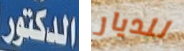
الدكتور للديار